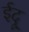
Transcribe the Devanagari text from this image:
ईदू